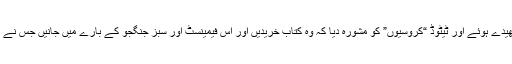
اور اس نے گلیوں میں چھیدے ہوئے اور ٹیٹوڈ “کروسیوں” کو مشورہ دیا کہ وہ کتاب خریدیں اور اس فیمینسٹ اور سبز جنگجو کے بارے میں جانیں جس نے دنیا کو بہتر سے بدل دیا۔